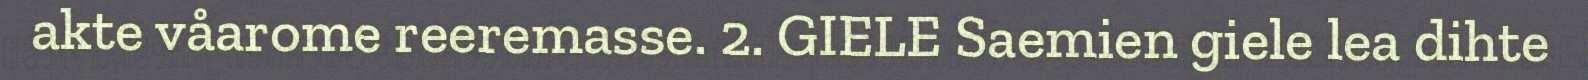
akte våarome reeremasse. 2. GIELE Saemien giele lea dihte